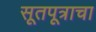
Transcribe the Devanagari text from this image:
सूतपूत्राचा